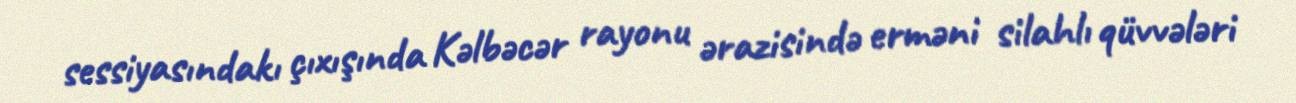
sessiyasındakı çıxışında Kəlbəcər rayonu ərazisində erməni silahlı qüvvələri